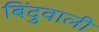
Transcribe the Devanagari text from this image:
बिंदुवाली